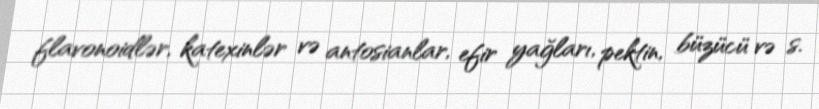
flavonoidlər, katexinlər və antosianlar, efir yağları, pektin, büzücü və s.